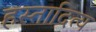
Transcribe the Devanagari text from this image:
हस्तादित्य